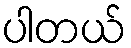
ပါတယ်